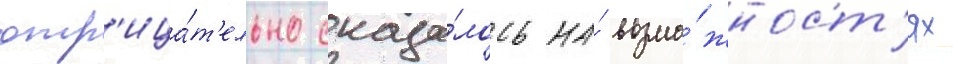
отр'ица́т'ельно сказа́лось на́ возмо́жност'ях